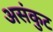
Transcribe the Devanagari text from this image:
असंकुट